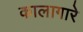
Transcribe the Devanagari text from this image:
कालागारे